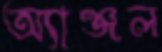
অ্যাঞ্জল